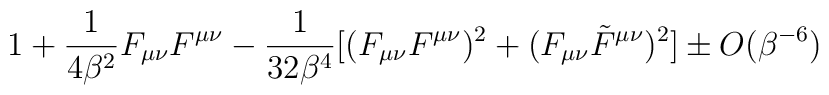
1+\frac{1}{4\beta^2}F_{\mu\nu} F^{\mu\nu}-\frac{1}{32\beta^4}[(F_{\mu\nu} F^{\mu\nu})^2+(F_{\mu\nu} \tilde{F}^{\mu\nu})^2]\pm O(\beta^{-6})